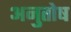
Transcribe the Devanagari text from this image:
अनुुतोष